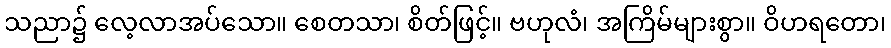
သညာ၌ လေ့လာအပ်သော။ စေတသာ၊ စိတ်ဖြင့်။ ဗဟုလံ၊ အကြိမ်များစွာ။ ဝိဟရတော၊